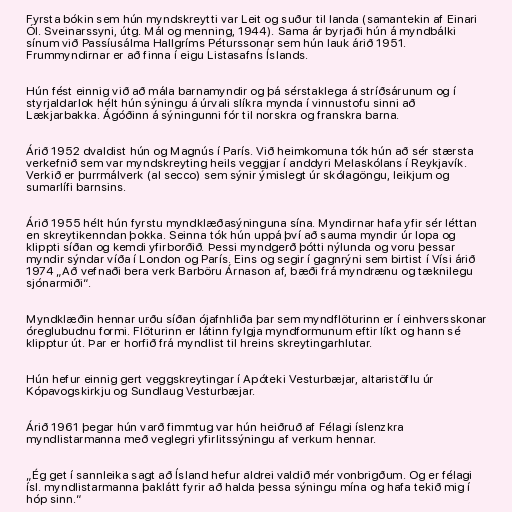
Fyrsta bókin sem hún myndskreytti var Leit og suður til landa (samantekin af Einari
Ól. Sveinarssyni, útg. Mál og menning, 1944). Sama ár byrjaði hún á myndbálki
sínum við Passíusálma Hallgríms Péturssonar sem hún lauk árið 1951.
Frummyndirnar er að finna í eigu Listasafns Íslands.

Hún fést einnig við að mála barnamyndir og þá sérstaklega á stríðsárunum og í
styrjaldarlok hélt hún sýningu á úrvali slíkra mynda í vinnustofu sinni að
Lækjarbakka. Ágóðinn á sýningunni fór til norskra og franskra barna.

Árið 1952 dvaldist hún og Magnús í París. Við heimkomuna tók hún að sér stærsta
verkefnið sem var myndskreyting heils veggjar í anddyri Melaskólans í Reykjavík.
Verkið er þurrmálverk (al secco) sem sýnir ýmislegt úr skólagöngu, leikjum og
sumarlífi barnsins.

Árið 1955 hélt hún fyrstu myndklæðasýninguna sína. Myndirnar hafa yfir sér léttan
en skreytikenndan þokka. Seinna tók hún uppá því að sauma myndir úr lopa og
klippti síðan og kemdi yfirborðið. Þessi myndgerð þótti nýlunda og voru þessar
myndir sýndar víða í London og París. Eins og segir í gagnrýni sem birtist í Vísi árið
1974 „Að vefnaði bera verk Barböru Árnason af, bæði frá myndrænu og tæknilegu
sjónarmiði“.

Myndklæðin hennar urðu síðan ójafnhliða þar sem myndflöturinn er í einhversskonar
óreglubudnu formi. Flöturinn er látinn fylgja myndformunum eftir líkt og hann sé
klipptur út. Þar er horfið frá myndlist til hreins skreytingarhlutar.

Hún hefur einnig gert veggskreytingar í Apóteki Vesturbæjar, altaristöflu úr
Kópavogskirkju og Sundlaug Vesturbæjar.

Árið 1961 þegar hún varð fimmtug var hún heiðruð af Félagi íslenzkra
myndlistarmanna með veglegri yfirlitssýningu af verkum hennar.

„Ég get í sannleika sagt að Ísland hefur aldrei valdið mér vonbrigðum. Og er félagi
ísl. myndlistarmanna þaklátt fyrir að halda þessa sýningu mína og hafa tekið mig í
hóp sinn.“